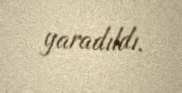
yaradıldı.